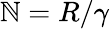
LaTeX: \mathbb{N}=R/\gamma